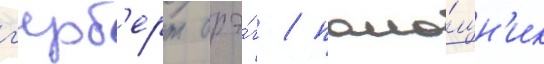
г'ерб'ерт брэ́г / помо́щн'ик